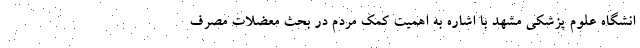
انشگاه علوم پزشکی مشهد با اشاره به اهمیت کمک مردم در بحث معضلات مصرف